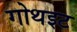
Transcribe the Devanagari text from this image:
गोथइट